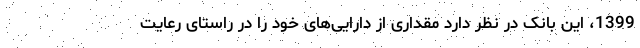
1399، این بانک در نظر دارد مقداری از دارایی‌های خود را در راستای رعایت